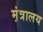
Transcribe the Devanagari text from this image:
म़ंत्रालय